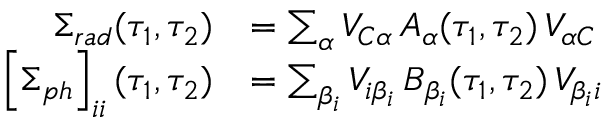
\begin{array} { r l } { \Sigma _ { r a d } ( \tau _ { 1 } , \tau _ { 2 } ) } & { = \sum _ { \alpha } V _ { C \alpha } \, A _ { \alpha } ( \tau _ { 1 } , \tau _ { 2 } ) \, V _ { \alpha C } } \\ { \left[ \Sigma _ { p h } \right] _ { i i } ( \tau _ { 1 } , \tau _ { 2 } ) } & { = \sum _ { \beta _ { i } } V _ { i \beta _ { i } } \, B _ { \beta _ { i } } ( \tau _ { 1 } , \tau _ { 2 } ) \, V _ { \beta _ { i } i } } \end{array}